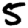
Digit: 5